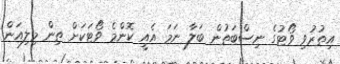
އިތުރުވި ވޯޓުގެ ނިސްބަތުން ބަލާ ނަމަ އެއީ ކޮންމެ ވޯޓަކަށް ތިން މިލިއަން